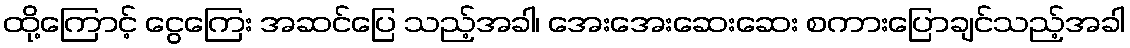
ထို့ကြောင့် ငွေကြေး အဆင်ပြေ သည့်အခါ၊ အေးအေးဆေးဆေး စကားပြောချင်သည့်အခါ